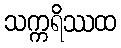
သက္ကရိဿထ